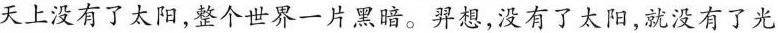
天上没有了太阳，整个世界一片黑暗。羿想，没有了太阳，就没有了光